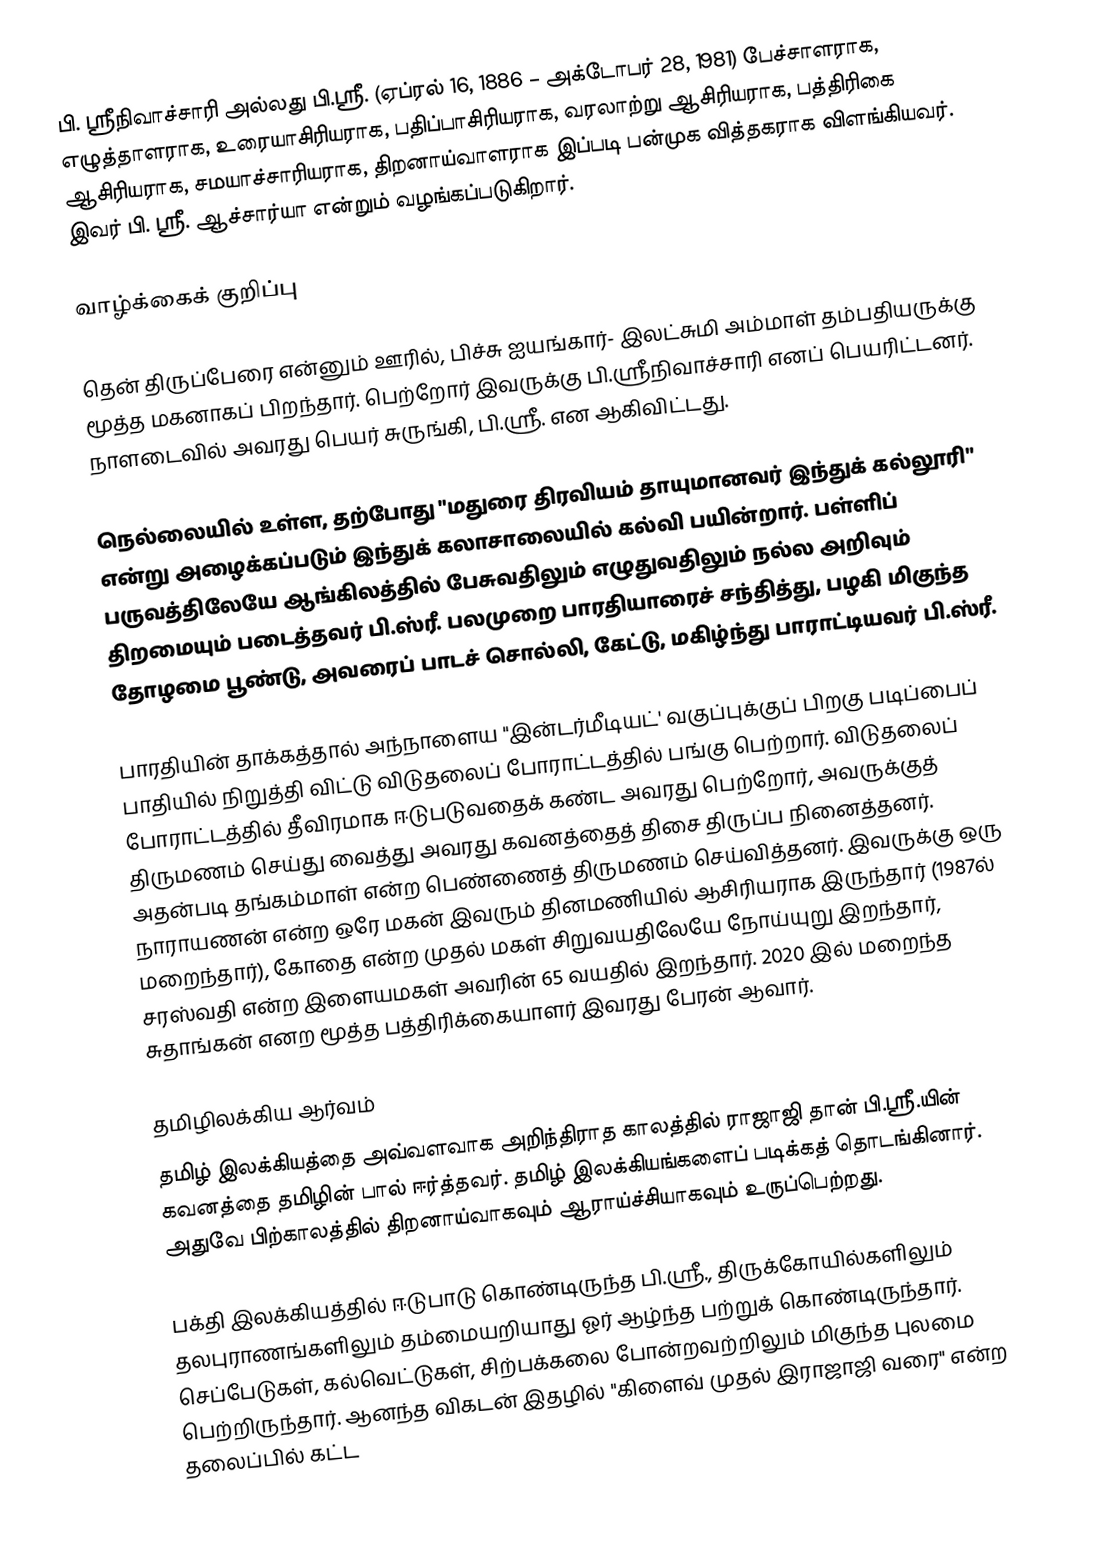
பி. ஸ்ரீநிவாச்சாரி அல்லது பி.ஸ்ரீ. (ஏப்ரல் 16, 1886 – அக்டோபர் 28, 1981) பேச்சாளராக, எழுத்தாளராக, உரையாசிரியராக, பதிப்பாசிரியராக, வரலாற்று ஆசிரியராக, பத்திரிகை ஆசிரியராக, சமயாச்சாரியராக, திறனாய்வாளராக இப்படி பன்முக வித்தகராக விளங்கியவர். இவர் பி. ஸ்ரீ. ஆச்சார்யா என்றும் வழங்கப்படுகிறார்.

வாழ்க்கைக் குறிப்பு

தென் திருப்பேரை என்னும் ஊரில், பிச்சு ஐயங்கார்- இலட்சுமி அம்மாள் தம்பதியருக்கு மூத்த மகனாகப் பிறந்தார். பெற்றோர் இவருக்கு பி.ஸ்ரீநிவாச்சாரி எனப் பெயரிட்டனர். நாளடைவில் அவரது பெயர் சுருங்கி, பி.ஸ்ரீ. என ஆகிவிட்டது.

நெல்லையில் உள்ள, தற்போது "மதுரை திரவியம் தாயுமானவர் இந்துக் கல்லூரி" என்று அழைக்கப்படும் இந்துக் கலாசாலையில் கல்வி பயின்றார். பள்ளிப் பருவத்திலேயே ஆங்கிலத்தில் பேசுவதிலும் எழுதுவதிலும் நல்ல அறிவும் திறமையும் படைத்தவர் பி.ஸ்ரீ. பலமுறை பாரதியாரைச் சந்தித்து, பழகி மிகுந்த தோழமை பூண்டு, அவரைப் பாடச் சொல்லி, கேட்டு, மகிழ்ந்து பாராட்டியவர் பி.ஸ்ரீ.

பாரதியின் தாக்கத்தால் அந்நாளைய "இன்டர்மீடியட்' வகுப்புக்குப் பிறகு படிப்பைப் பாதியில் நிறுத்தி விட்டு விடுதலைப் போராட்டத்தில் பங்கு பெற்றார். விடுதலைப் போராட்டத்தில் தீவிரமாக ஈடுபடுவதைக் கண்ட அவரது பெற்றோர், அவருக்குத் திருமணம் செய்து வைத்து அவரது கவனத்தைத் திசை திருப்ப நினைத்தனர். அதன்படி தங்கம்மாள் என்ற பெண்ணைத் திருமணம் செய்வித்தனர். இவருக்கு ஒரு நாராயணன் என்ற ஒரே மகன் இவரும் தினமணியில் ஆசிரியராக இருந்தார் (1987ல் மறைந்தார்), கோதை என்ற முதல் மகள் சிறுவயதிலேயே நோய்யுறு இறந்தார், சரஸ்வதி என்ற இளையமகள் அவரின் 65 வயதில் இறந்தார். 2020 இல் மறைந்த சுதாங்கன் எனற மூத்த பத்திரிக்கையாளர் இவரது பேரன் ஆவார்.

தமிழிலக்கிய ஆர்வம்
தமிழ் இலக்கியத்தை அவ்வளவாக அறிந்திராத காலத்தில் ராஜாஜி தான் பி.ஸ்ரீ.யின் கவனத்தை தமிழின் பால் ஈர்த்தவர். தமிழ் இலக்கியங்களைப் படிக்கத் தொடங்கினார். அதுவே பிற்காலத்தில் திறனாய்வாகவும் ஆராய்ச்சியாகவும் உருப்பெற்றது.

பக்தி இலக்கியத்தில் ஈடுபாடு கொண்டிருந்த பி.ஸ்ரீ., திருக்கோயில்களிலும் தலபுராணங்களிலும் தம்மையறியாது ஓர் ஆழ்ந்த பற்றுக் கொண்டிருந்தார். செப்பேடுகள், கல்வெட்டுகள், சிற்பக்கலை போன்றவற்றிலும் மிகுந்த புலமை பெற்றிருந்தார். ஆனந்த விகடன் இதழில் "கிளைவ் முதல் இராஜாஜி வரை" என்ற தலைப்பில் கட்ட